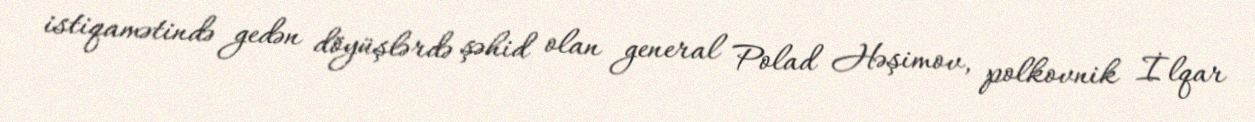
istiqamətində gedən döyüşlərdə şəhid olan general Polad Həşimov, polkovnik İlqar